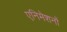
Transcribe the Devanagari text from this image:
एनिमेशनों